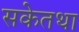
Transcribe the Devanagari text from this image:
सकेतथा